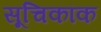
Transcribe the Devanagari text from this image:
सूचिकांक